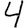
Digit: 4